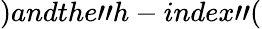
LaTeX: )andthe"h-index"(